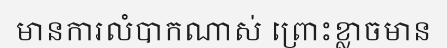
មានការលំបាកណាស់ ព្រោះខ្លាចមាន